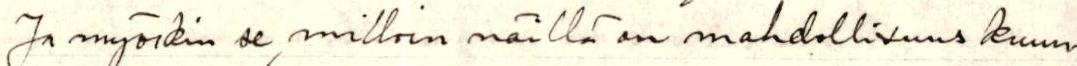
Ja myöskin se, milloin näillä on mahdollisuus kuun-